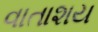
વાતાશય